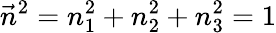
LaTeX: \vec{n}^{2}=n_{1}^{2}+n_{2}^{2}+n_{3}^{2}=1